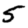
Digit: 5